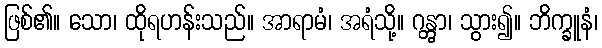
ဖြစ်၏။ သော၊ ထိုရဟန်းသည်။ အာရာမံ၊ အရံသို့။ ဂန္တွာ၊ သွား၍။ ဘိက္ခူနံ၊